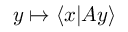
y \mapsto \langle x | A y \rangle